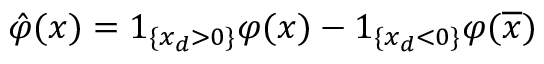
\hat { \varphi } ( x ) = 1 _ { \{ x _ { d } > 0 \} } \varphi ( x ) - 1 _ { \{ x _ { d } < 0 \} } \varphi ( \overline { { x } } )